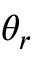
\theta _ { r }